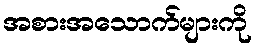
အစားအသောက်များကို